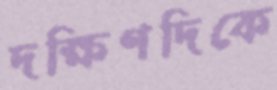
দক্ষিণদিকে